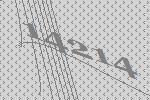
14214